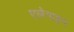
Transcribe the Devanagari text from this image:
एलेनाइन